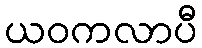
ယဝကလာပီ